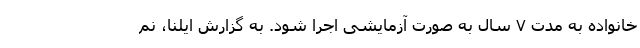
خانواده به مدت ۷ سال به صورت آزمایشی اجرا شود. به گزارش ایلنا، نم